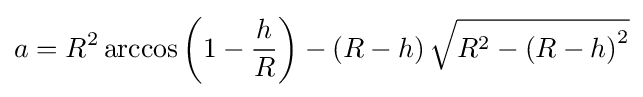
a=R^{2}\arccos \left(1-{\frac {h}{R}}\right)-\left(R-h\right){\sqrt {R^{2}-\left(R-h\right)^{2}}}